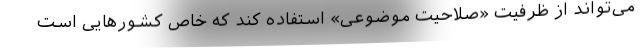
می‌تواند از ظرفیت «صلاحیت موضوعی» استفاده کند که خاص کشورهایی است